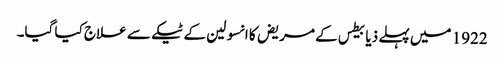
1922 میں‌ پہلے ذیابیطس کے مریض کا انسولین کے ٹیکے سے علاج کیا گیا۔